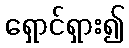
ရှောင်ရှား၍